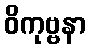
ဝိကုဗ္ဗနာ